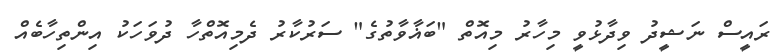
ރައީސް ނަޝީދު ވިދާޅުވީ މިހާރު މިއޮތް "ބަޣާވާތުގެ" ސަރުކާރު ދެމިއޮތްހާ ދުވަހަކު އިންތިހާބެއް